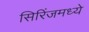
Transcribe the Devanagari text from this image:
सिरिंजमध्ये